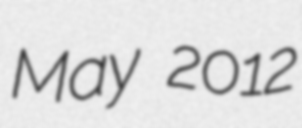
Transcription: May 2012